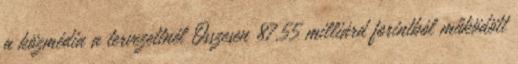
a közmédia a tervezettnél Összesen 87,55 milliárd forintból működött